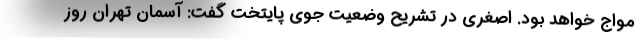
مواج خواهد بود. اصغری در تشریح وضعیت جوی پایتخت گفت: آسمان تهران روز